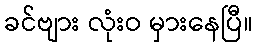
ခင်ဗျား လုံးဝ မှားနေပြီ။